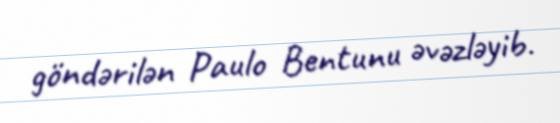
göndərilən Paulo Bentunu əvəzləyib.